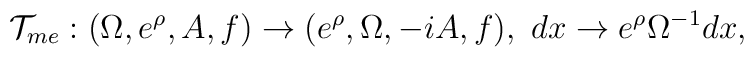
{\cal T}_{me}:(\Omega , e^{\rho} ,  A, f ) \rightarrow (e^{\rho} , \Omega,  -iA,  f ),~ dx          \rightarrow  e^{\rho}\Omega^{-1} dx  ,